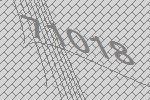
71018